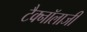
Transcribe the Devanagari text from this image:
टैक्नॉलाजी